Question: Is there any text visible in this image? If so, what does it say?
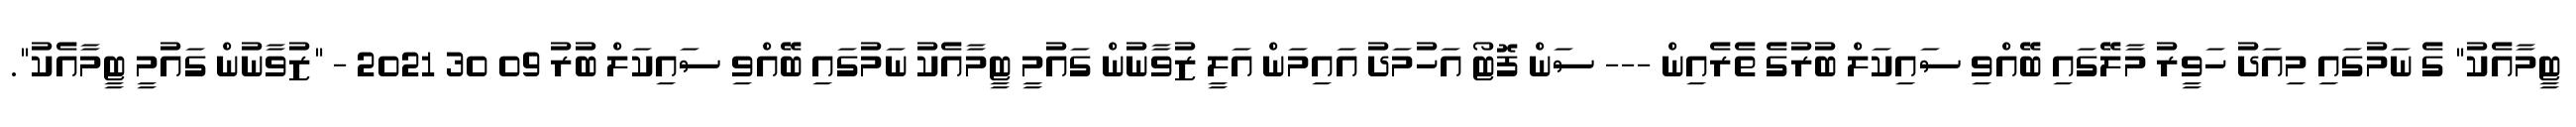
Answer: ޓީމާއެކު" ގެ ނަމުގައި މިއަދު ހަވީރު މާލޭގައި ބޭއްވި ސައިކަލް ބުރުގެ ތެރެއިން --- ސަން ފޮޓޯ އަހުމަދު އައިމަން އަލީ ޒުވާނުން ގައުމީ ޓީމާއެކު ނަމުގައި ބޭއްވި ސައިކަލް ބުރު 09 30 2021 - "ޒުވާނުން ގައުމީ ޓީމާއެކު".